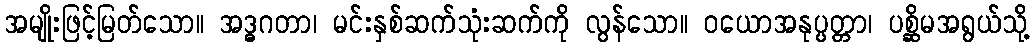
အမျိုးဖြင့်မြတ်သော။ အဒ္ဓဂတာ၊ မင်းနှစ်ဆက်သုံးဆက်ကို လွန်သော။ ဝယောအနုပ္ပတ္တာ၊ ပစ္ဆိမအရွယ်သို့